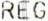
REG